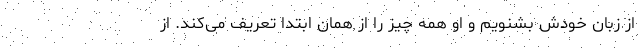
از زبان خودش بشنویم و او همه چیز را از همان ابتدا تعریف می‌کند. از